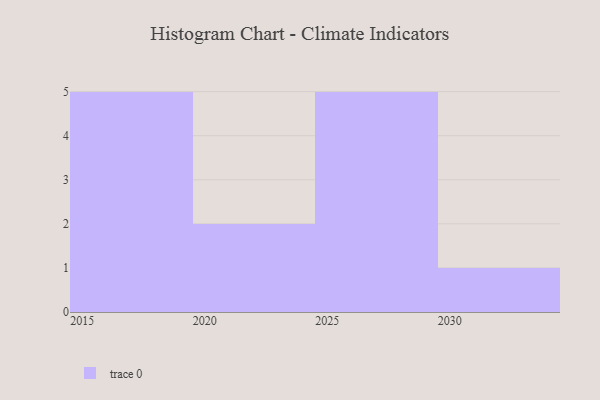
{"axis": {"x": "Year", "y": "Backlog"}, "legend": [""], "data": [{"x": "2015", "y": 40, "type": ""}, {"x": "2018", "y": 30, "type": ""}, {"x": "2029", "y": 80, "type": ""}, {"x": "2019", "y": 93, "type": ""}, {"x": "2017", "y": 77, "type": ""}, {"x": "2020", "y": 4, "type": ""}, {"x": "2028", "y": 70, "type": ""}, {"x": "2030", "y": 55, "type": ""}, {"x": "2026", "y": 90, "type": ""}, {"x": "2023", "y": 87, "type": ""}, {"x": "2025", "y": 70, "type": ""}, {"x": "2016", "y": 43, "type": ""}, {"x": "2027", "y": 4, "type": ""}]}